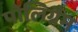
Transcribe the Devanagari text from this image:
पोलिग्रैम